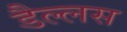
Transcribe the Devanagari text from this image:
डैल्लस